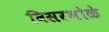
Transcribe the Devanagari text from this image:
विसरभोळे